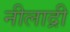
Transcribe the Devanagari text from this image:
नीलाद्री